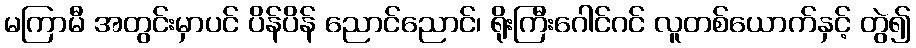
မကြာမီ အတွင်းမှာပင် ပိန်ပိန် ညောင်ညောင်၊ ရိုးကြီးဂေါင်ဂင် လူတစ်ယောက်နှင့် တွဲ၍